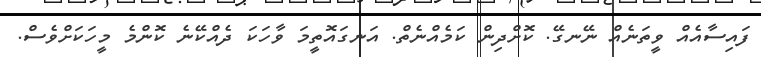
ފައިސާއެއް ވީތަނެއް ނޭނގޭ. ކޮށްދިން ކަމެއްނެތް. އަނގައޮތީމަ ވާހަކަ ދެއްކޭނެ ކޮންމެ މީހަކަށްވެސް.